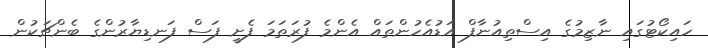
ހައިކޯޓުގައި ނާޒިމުގެ އިސްތިއުނާފް އަޑުއެހުންތައް އެންމެ ފުރަތަމަ ފެށީ ފަސް ފަނޑިޔާރުންގެ ބެންޗަކުން